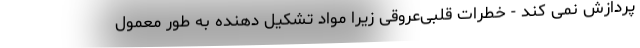
پردازش نمی کند - خطرات قلبی‌عروقی زیرا مواد تشکیل دهنده به طور معمول